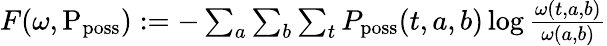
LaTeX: \begin{array}{r}{F(\omega,\mathrm{P}_{\mathrm{poss}}):=-\sum_{a}\sum_{b}\sum_{t}P_{\mathrm{poss}}(t,a,b)\log\frac{\omega(t,a,b)}{\omega(a,b)}}\end{array}